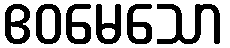
ဧဝမေသော